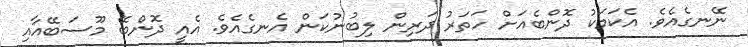
ނޭނގެއެވެ. އެކަމަކު ދޮންބެއަށް ހަތަރު ދަރިން ލިބުނުކަން އެނގެއެވެ. އެއީ ދޮންބޭ މޫސަބޭއާއި